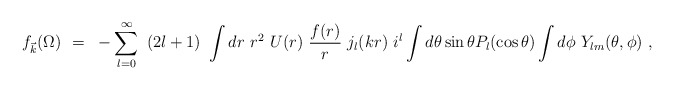
\begin{align*}f_{\vec k}(\Omega)~=~-\sum_{l=0}^{\infty}~(2l+1)~\int dr~r^2~U(r)~\frac{f(r)}{r}~j_l(kr)~i^l \int d\theta \sin \theta P_l(\cos\theta) \int d\phi ~Y_{lm}(\theta,\phi)~,\end{align*}